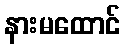
နားမထောင်